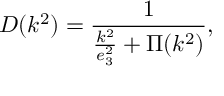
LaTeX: D ( k ^ { 2 } ) = \frac { 1 } { \frac { k ^ { 2 } } { e _ { 3 } ^ { 2 } } + \Pi ( k ^ { 2 } ) } ,